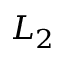
L _ { 2 }